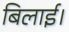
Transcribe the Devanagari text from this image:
बिलाई।